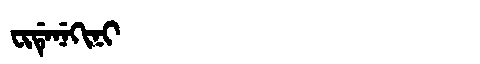
Manchu: ᠸᡳᡩᡝᠨᡝᡴᡳᠨᡳ
Romanization: FIDENEKINI